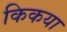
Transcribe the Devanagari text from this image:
किकया